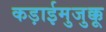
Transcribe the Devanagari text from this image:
कड़ाईमुजुक्कू